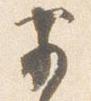
前